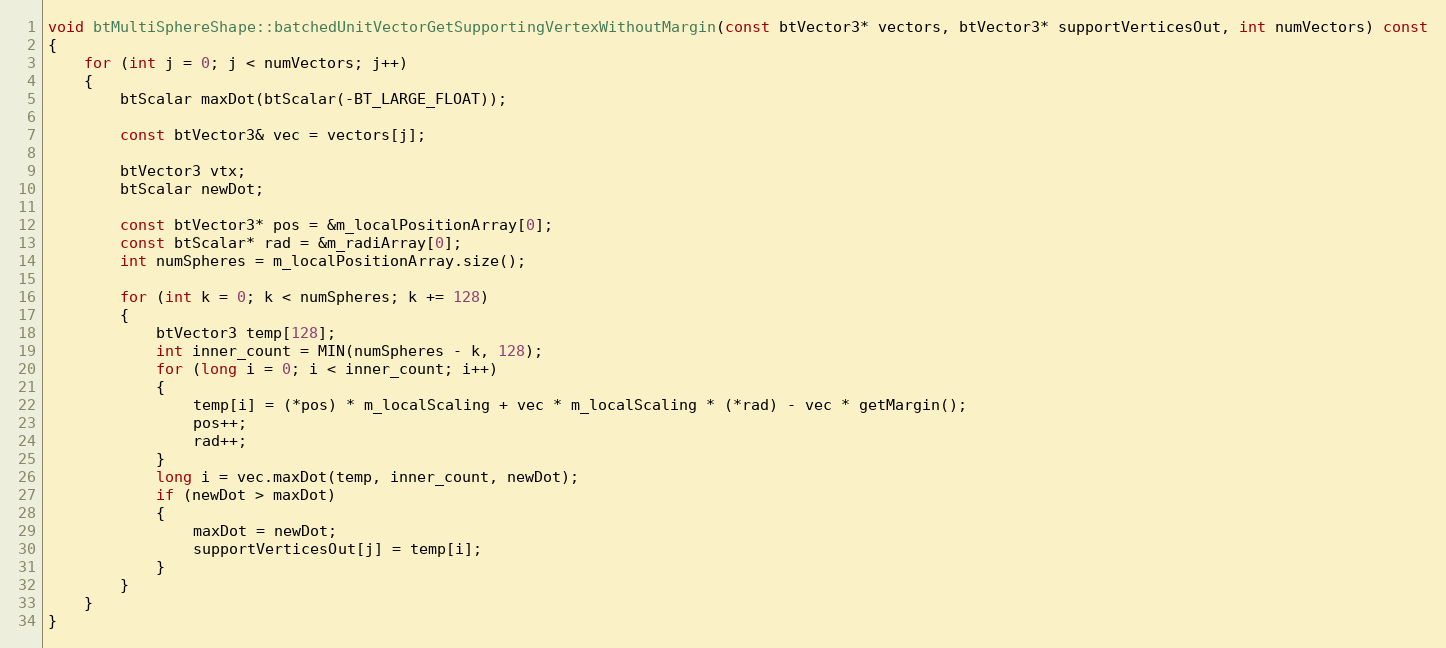
Language: C++
void btMultiSphereShape::batchedUnitVectorGetSupportingVertexWithoutMargin(const btVector3* vectors, btVector3* supportVerticesOut, int numVectors) const
{
	for (int j = 0; j < numVectors; j++)
	{
		btScalar maxDot(btScalar(-BT_LARGE_FLOAT));

		const btVector3& vec = vectors[j];

		btVector3 vtx;
		btScalar newDot;

		const btVector3* pos = &m_localPositionArray[0];
		const btScalar* rad = &m_radiArray[0];
		int numSpheres = m_localPositionArray.size();

		for (int k = 0; k < numSpheres; k += 128)
		{
			btVector3 temp[128];
			int inner_count = MIN(numSpheres - k, 128);
			for (long i = 0; i < inner_count; i++)
			{
				temp[i] = (*pos) * m_localScaling + vec * m_localScaling * (*rad) - vec * getMargin();
				pos++;
				rad++;
			}
			long i = vec.maxDot(temp, inner_count, newDot);
			if (newDot > maxDot)
			{
				maxDot = newDot;
				supportVerticesOut[j] = temp[i];
			}
		}
	}
}